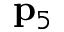
{ \bf p } _ { 5 }